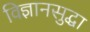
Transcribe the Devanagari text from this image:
विज्ञानसुद्धा